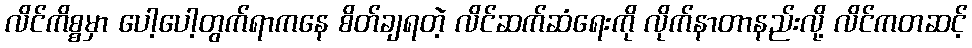
လိင်ကိစ္စမှာ ပေါ့ပေါ့တွက်ရာကနေ စိတ်ချရတဲ့ လိင်ဆက်ဆံရေးကို လိုက်နာတာနည်းလို့ လိင်ကတဆင့်